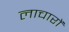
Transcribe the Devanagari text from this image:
लाचारों